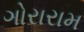
ગોરારામ